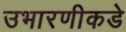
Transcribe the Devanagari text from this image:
उभारणीकडे